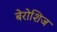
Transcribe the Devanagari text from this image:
बेरोशिज